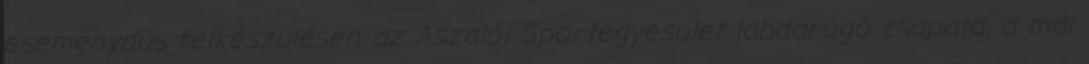
eseménydús felkészülésen az Aszalói Sportegyesület labdarúgó csapata, a mai